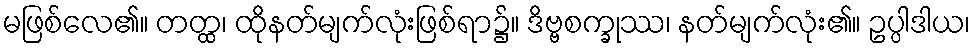
မဖြစ်လေ၏။ တတ္ထ၊ ထိုနတ်မျက်လုံးဖြစ်ရာ၌။ ဒိဗ္ဗစက္ခုဿ၊ နတ်မျက်လုံး၏။ ဥပ္ပါဒါယ၊